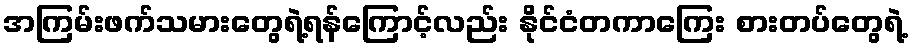
အကြမ်းဖက်သမားတွေရဲ့ရန်ကြောင့်လည်း နိုင်ငံတကာကြေး စားတပ်တွေရဲ့